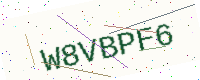
Text: W8VBPF6